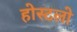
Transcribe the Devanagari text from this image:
होस्टलो